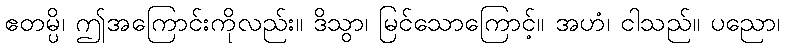
ဧတမ္ပိ၊ ဤအကြောင်းကိုလည်း။ ဒိသွာ၊ မြင်သောကြောင့်။ အဟံ၊ ငါသည်။ ပညော၊